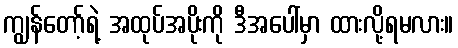
ကျွန်တော့်ရဲ့ အထုပ်အပိုးကို ဒီအပေါ်မှာ ထားလို့ရမလား။